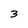
Character: 3